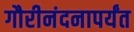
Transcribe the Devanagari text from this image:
गौरीनंदनापर्यंत